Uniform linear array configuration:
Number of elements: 4
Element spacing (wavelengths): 0.25
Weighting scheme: hann
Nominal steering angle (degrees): -60
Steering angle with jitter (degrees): -60.495
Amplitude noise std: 0.05
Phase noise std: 0.05

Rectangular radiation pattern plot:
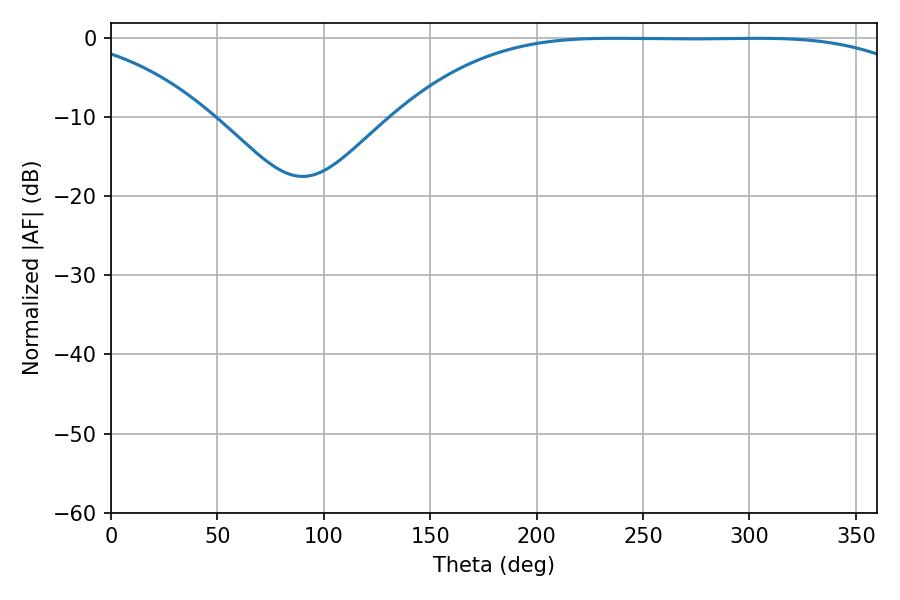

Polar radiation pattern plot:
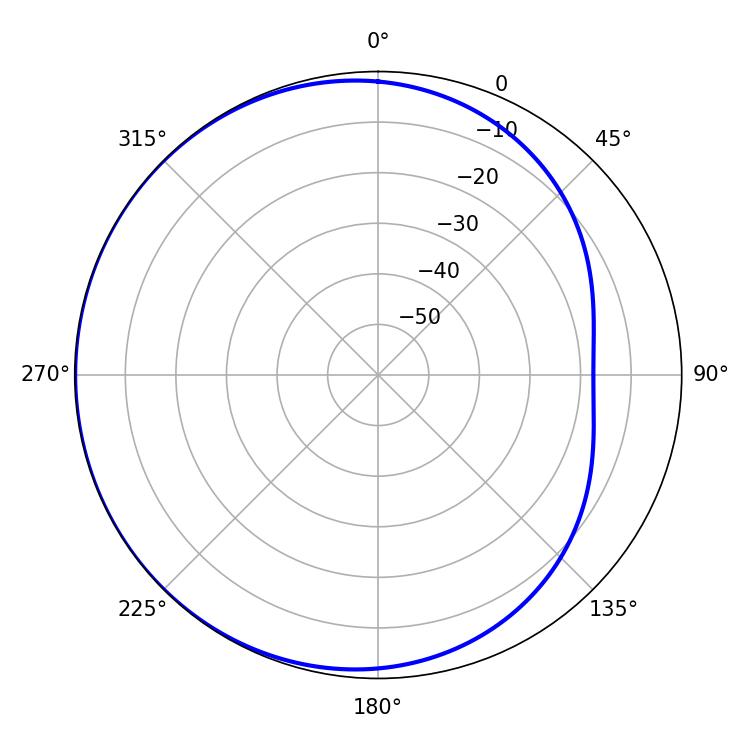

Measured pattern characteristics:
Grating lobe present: FALSE
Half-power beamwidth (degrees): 189.72
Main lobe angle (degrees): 235.98